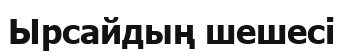
Ырсайдың шешесі